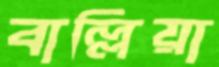
বাল্লিয়া